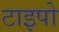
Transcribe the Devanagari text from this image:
टाइपो